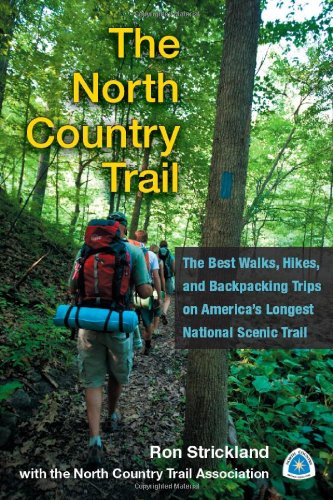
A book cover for The North Country Trail: The Best Walks, Hikes, and Backpacking Trips on AmericaEEs Longest National Scenic Trail; Ron Strickland; Travel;